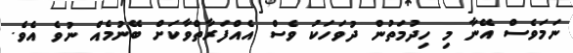
ނަމަވެސް އޭނާ މި ހިދުމަތުން ދުވަހަކު ވެސް އެއްފަރާތްވާކަށް ބޭނުމެއް ނުވެ އެވެ.